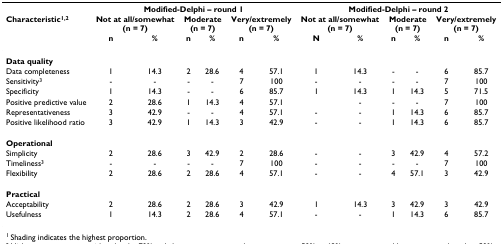
<table><thead><tr><td></td><td colspan="6"><b>Modified-Delphi – round 1</b></td><td colspan="6"><b>Modified-Delphi – round 2</b></td></tr><tr><td><b>Characteristic<sup>1</sup></b></td><td colspan="2"><b>Not at all/somewhat(n = 7)</b></td><td colspan="2"><b>Moderate(n = 7)</b></td><td colspan="2"><b>Very/extremely(n = 7)</b></td><td colspan="2"><b>Not at all/somewhat(n = 7)</b></td><td colspan="2"><b>Moderate(n = 7)</b></td><td colspan="2"><b>Very/extremely(n = 7)</b></td></tr><tr><td></td><td><b>n</b></td><td><b>%</b></td><td><b>n</b></td><td><b>%</b></td><td><b>n</b></td><td><b>%</b></td><td><b>N</b></td><td><b>%</b></td><td><b>n</b></td><td><b>%</b></td><td><b>n</b></td><td><b>%</b></td></tr></thead><tbody><tr><td><b>Data quality</b></td><td></td><td></td><td></td><td></td><td></td><td></td><td></td><td></td><td></td><td></td><td></td><td></td></tr><tr><td>Data completeness</td><td>1</td><td>14.3</td><td>2</td><td>28.6</td><td>4</td><td>57.1</td><td>1</td><td>14.3</td><td>-</td><td>-</td><td>6</td><td>85.7</td></tr><tr><td>Sensitivity <sup>2</sup></td><td>-</td><td>-</td><td>-</td><td>-</td><td>7</td><td>100</td><td>-</td><td>-</td><td>-</td><td>-</td><td>7</td><td>100</td></tr><tr><td>Specificity</td><td>1</td><td>14.3</td><td>-</td><td>-</td><td>6</td><td>85.7</td><td>1</td><td>14.3</td><td>1</td><td>14.3</td><td>5</td><td>71.5</td></tr><tr><td>Positive predictive value</td><td>2</td><td>28.6</td><td>1</td><td>14.3</td><td>4</td><td>57.1</td><td></td><td>-</td><td>-</td><td>-</td><td>7</td><td>100</td></tr><tr><td>Representativeness</td><td>3</td><td>42.9</td><td>-</td><td>-</td><td>4</td><td>57.1</td><td>-</td><td>-</td><td>1</td><td>14.3</td><td>6</td><td>85.7</td></tr><tr><td>Positive likelihood ratio</td><td>3</td><td>42.9</td><td>1</td><td>14.3</td><td>3</td><td>42.9</td><td>-</td><td>-</td><td>1</td><td>14.3</td><td>6</td><td>85.7</td></tr><tr><td><b>Operational</b></td><td></td><td></td><td></td><td></td><td></td><td></td><td></td><td></td><td></td><td></td><td></td><td></td></tr><tr><td>Simplicity</td><td>2</td><td>28.6</td><td>3</td><td>42.9</td><td>2</td><td>28.6</td><td>-</td><td>-</td><td>3</td><td>42.9</td><td>4</td><td>57.2</td></tr><tr><td>Timeliness <sup>2</sup></td><td>-</td><td>-</td><td>-</td><td>-</td><td>7</td><td>100</td><td>-</td><td>-</td><td>-</td><td>-</td><td>7</td><td>100</td></tr><tr><td>Flexibility</td><td>2</td><td>28.6</td><td>2</td><td>28.6</td><td>4</td><td>57.1</td><td>-</td><td>-</td><td>4</td><td>57.1</td><td>3</td><td>42.9</td></tr><tr><td><b>Practical</b></td><td></td><td></td><td></td><td></td><td></td><td></td><td></td><td></td><td></td><td></td><td></td><td></td></tr><tr><td>Acceptability</td><td>2</td><td>28.6</td><td>2</td><td>28.6</td><td>3</td><td>42.9</td><td>1</td><td>14.3</td><td>3</td><td>42.9</td><td>3</td><td>42.9</td></tr><tr><td>Usefulness</td><td>1</td><td>14.3</td><td>2</td><td>28.6</td><td>4</td><td>57.1</td><td>-</td><td>-</td><td>1</td><td>14.3</td><td>6</td><td>85.7</td></tr></tbody></table>